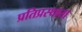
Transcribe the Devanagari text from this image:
प्रतिप्रस्थाता